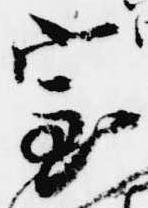
室